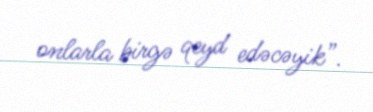
onlarla birgə qeyd edəcəyik”.